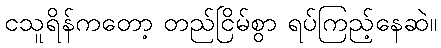
ငသူရိန်ကတော့ တည်ငြိမ်စွာ ရပ်ကြည့်နေဆဲ။